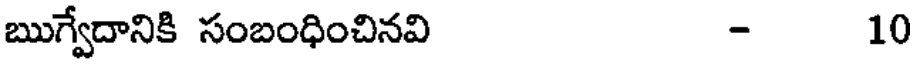
ఋగ్వేదానికి సంబంధించినవి - 10